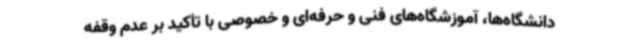
دانشگاه‌ها، آموزشگاه‌های فنی و حرفه‌ای و خصوصی با تأکید بر عدم وقفه